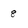
Character: 8